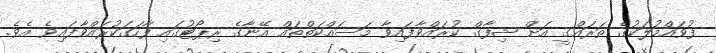
ފުވައްމުލަކުގެ ތަރައްގީ އަށް ޝިފާގް ކުރައްވާފައިވާ މަސައްކަތްތައް އޭނާގެ ރިޕޯޓުގައި ފާހަގަކުރައްވާފައިވެ އެވެ.